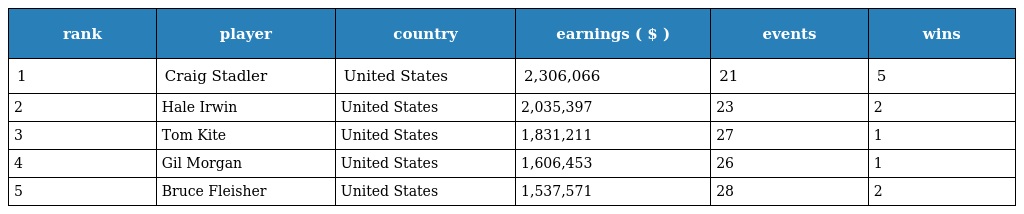
| rank | player | country | earnings ( $ ) | events | wins |
 | --- | --- | --- | --- | --- | --- |
 | 1 | Craig Stadler | United States | 2,306,066 | 21 | 5 |
 | 2 | Hale Irwin | United States | 2,035,397 | 23 | 2 |
 | 3 | Tom Kite | United States | 1,831,211 | 27 | 1 |
 | 4 | Gil Morgan | United States | 1,606,453 | 26 | 1 |
 | 5 | Bruce Fleisher | United States | 1,537,571 | 28 | 2 |